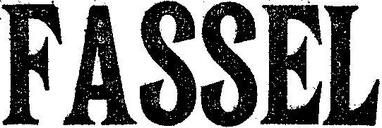
FASSEL